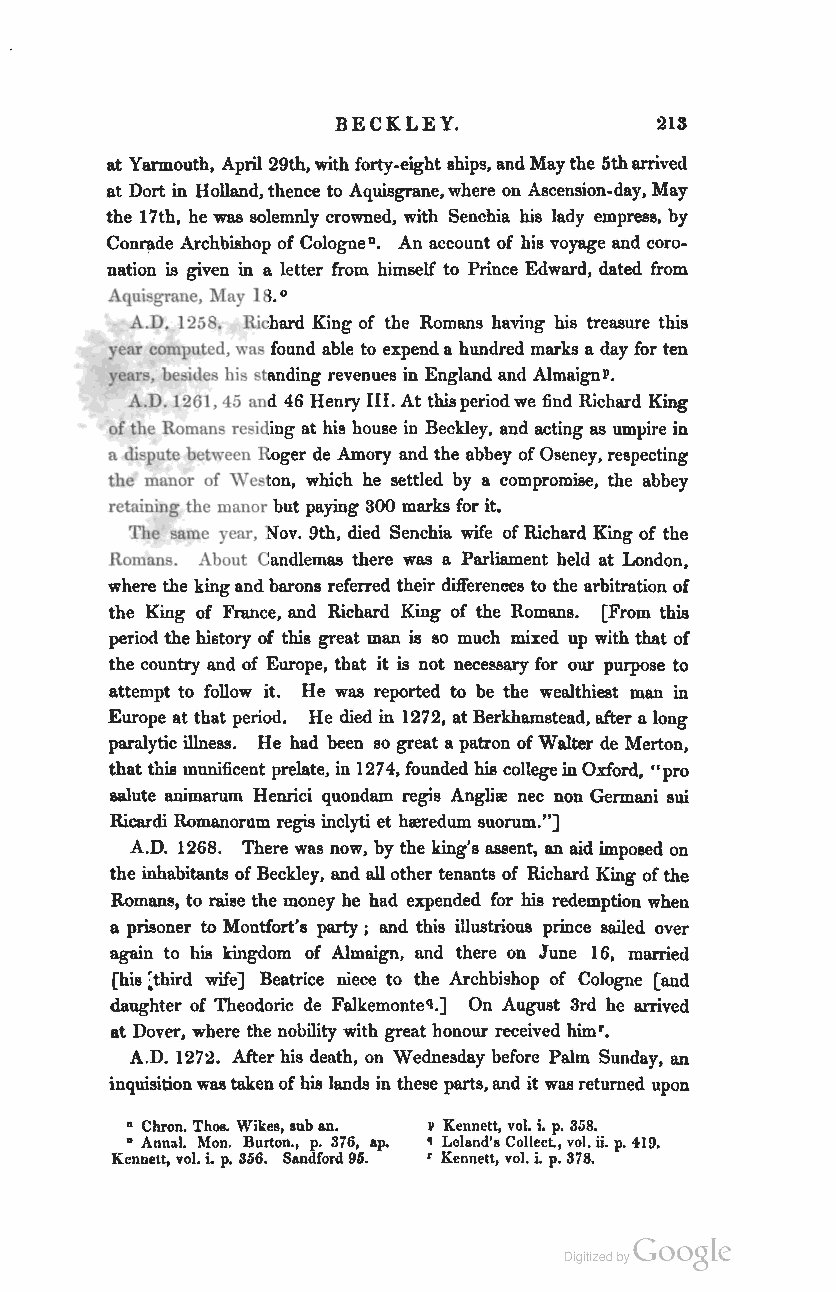
BECKLEY.             213
 at Yarmouth, April 29th, with forty-eight 8hips, and May the 5th arrived
 at Dort in Holland, thence to Aquisgrane, where on Ascension-day, May
 the 17th, he was solemnly crowned, with Senchia his lady empress, by
 Conrade Archbishop of CologneD. An account of his voyage and coro
 nation is given in a letter from himself to Prince Edward, dated from
 Aquisgrane, May 18.0
 A.D. 1258. Richard King of the Romans having his treasure this
 year computed, was found able to expend a hundred marks a day for ten
 year, besides his standing revenues in England and AlmaignP.
 A.D. 1261, 45 and 46 Henry III. At this period we find Richard King
 of the Romans residing at his house in Beckley, and acting as umpire in
 a dispute between Roger de Amory and the abbey of Oseney, respecting
 the manor of Weston, which he settled by a compromise, the abbey
 retaining the manor but paying 300 marks for it.
 The same year, Nov. 9th, died Senchia wife of Richard King of the
 Romans. About Candlemas there was a Parliament held at London,
 where the king and barons referred their differences to the arbitration of
 the King of France, and Richard King of the Romans. [From this
 period the history of this great man is so much mixed up with that of
 the country and of Europe, that it is not necessary for our purpose to
 attempt to follow it. He was reported to be the wealthiest man in
 Europe at that period. He died in 1272, at Berkhamstead, after a long
 paralytic illness. He had been so great a patron of Walter de Merton,
 that this munificent prelate, in 1274, founded his college in Oxford, "pro
 salute animarum Henrici quondam regis Anglire nec non Germani sui
 Ricardi Romanorum regis inclyti et hreredum suorum."]
 A.D. 1268. There was now, by the king's assent, an aid imposed on
 the inhabitants of Beckley, and all other tenants of Richard King of the
 Romans, to raise the money he had expended for his redemption when
 a prisoner to Montfort's party; and this illustrious prince sailed over
 again to his kingdom of Almaign, and there on June 16, married
 (his :third wife] Beatrice niece to the Archbishop of Cologne [and
 daughter of Theodoric de Falkemonteq.] On August 3rd he arrived
 at Dover, where the nobility with great bonour received him'.
 A.D. 1272. After his death, on Wednesday before Palm Sunday, an
 inquisition was taken of his lands in these parts, and it was returned upon
 o ebron. ThoB. Wikes, sub an. P Kennett, voL i. p. 3S8.
 o Annal Mon. Burton., p. 376, ap. ~ Leland's Collect., vol. ii. p. 419.
 Kennett, vol. i. p. 356. Sandford 95. r Kennett, vol. i. p. 378.
 Coogle
 Digitized by